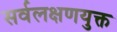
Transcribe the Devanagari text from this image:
सर्वलक्षणयुक्त